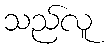
သည်လူ